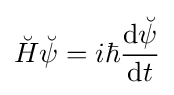
{\breve {H}}{\breve {\psi }}=i\hbar {\operatorname {d} \!{\breve {\psi }} \over \operatorname {d} \!t}